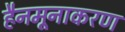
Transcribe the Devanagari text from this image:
हैनमूनाकरण